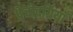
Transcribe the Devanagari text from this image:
पेचीदगियाँ